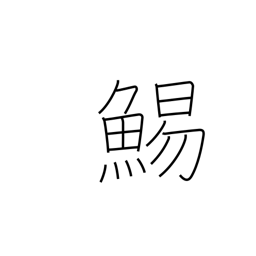
Meaning: cuttlefish